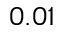
0 . 0 1